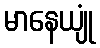
မာနေယျုံ